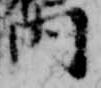
内